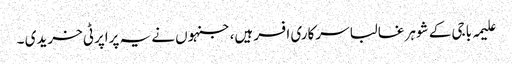
علیمہ باجی کے شوہر غالبا سرکاری افسر ہیں،جنہوں نے یہ پراپرٹی خریدی ۔